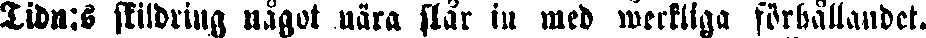
Tidn:s skildring något nära slår in med werkliga förhållandet.